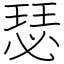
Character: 瑟